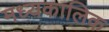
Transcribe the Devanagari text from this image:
मध्यकालिक